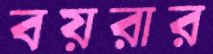
বয়রার